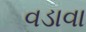
વડાવા